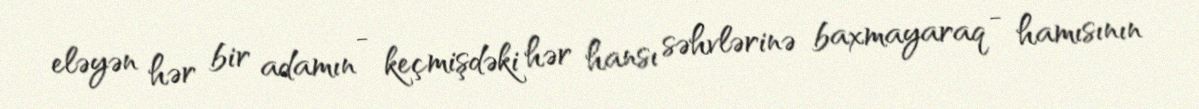
eləyən hər bir adamın - keçmişdəki hər hansı səhvlərinə baxmayaraq - hamısının